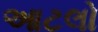
આટલો